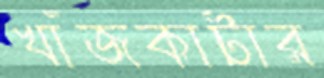
খাঁজকাটার